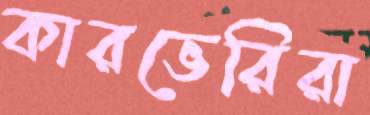
কারভেরিরা